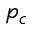
p _ { c }